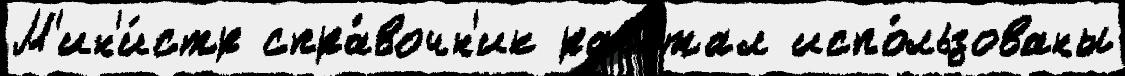
М'ин'и́стр спра́вочн'ик рабо́тал испо́льзованы